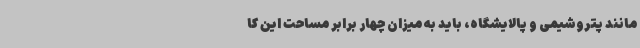
مانند پتروشیمی و پالایشگاه، باید به میزان چهار برابر مساحت این کا